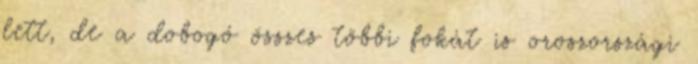
lett, de a dobogó összes többi fokát is oroszországi